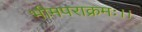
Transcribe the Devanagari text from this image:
भीमपराक्रमः।।